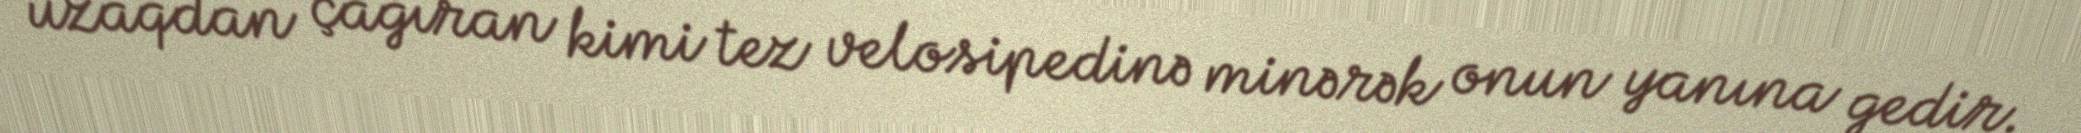
uzaqdan çağıran kimi tez velosipedinə minərək onun yanına gedir.